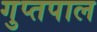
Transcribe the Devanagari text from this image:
गुप्तपाल